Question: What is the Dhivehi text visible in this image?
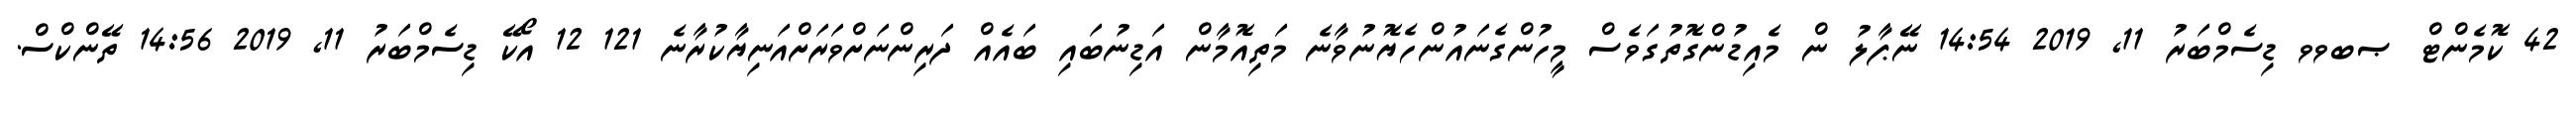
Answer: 42 ކޮމެންޓް ޞބވވ ޑިސެމްބަރު 11, 2019 14:54 ނޭޕާލު ން މެއިޑުންގޮތުގަވެސް މީހުންގެނައުންހެޔޮނުވާނެ މަތިއޮމާން އަޑިނުބައި ބައެއް ދަރިންނަށްވަރަށްއަނިޔާކުރާނެ 121 12 އޯކޭ ޑިސެމްބަރު 11, 2019 14:56 ތޭންކްސް.